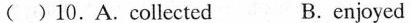
( )10.A.Collected B.Cnjoyed